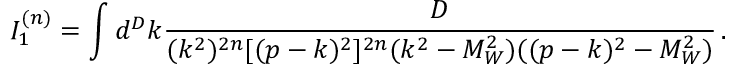
I _ { 1 } ^ { ( n ) } = \int d ^ { D } k \frac { D } { ( k ^ { 2 } ) ^ { 2 n } [ ( p - k ) ^ { 2 } ] ^ { 2 n } ( k ^ { 2 } - M _ { W } ^ { 2 } ) ( ( p - k ) ^ { 2 } - M _ { W } ^ { 2 } ) } \, .